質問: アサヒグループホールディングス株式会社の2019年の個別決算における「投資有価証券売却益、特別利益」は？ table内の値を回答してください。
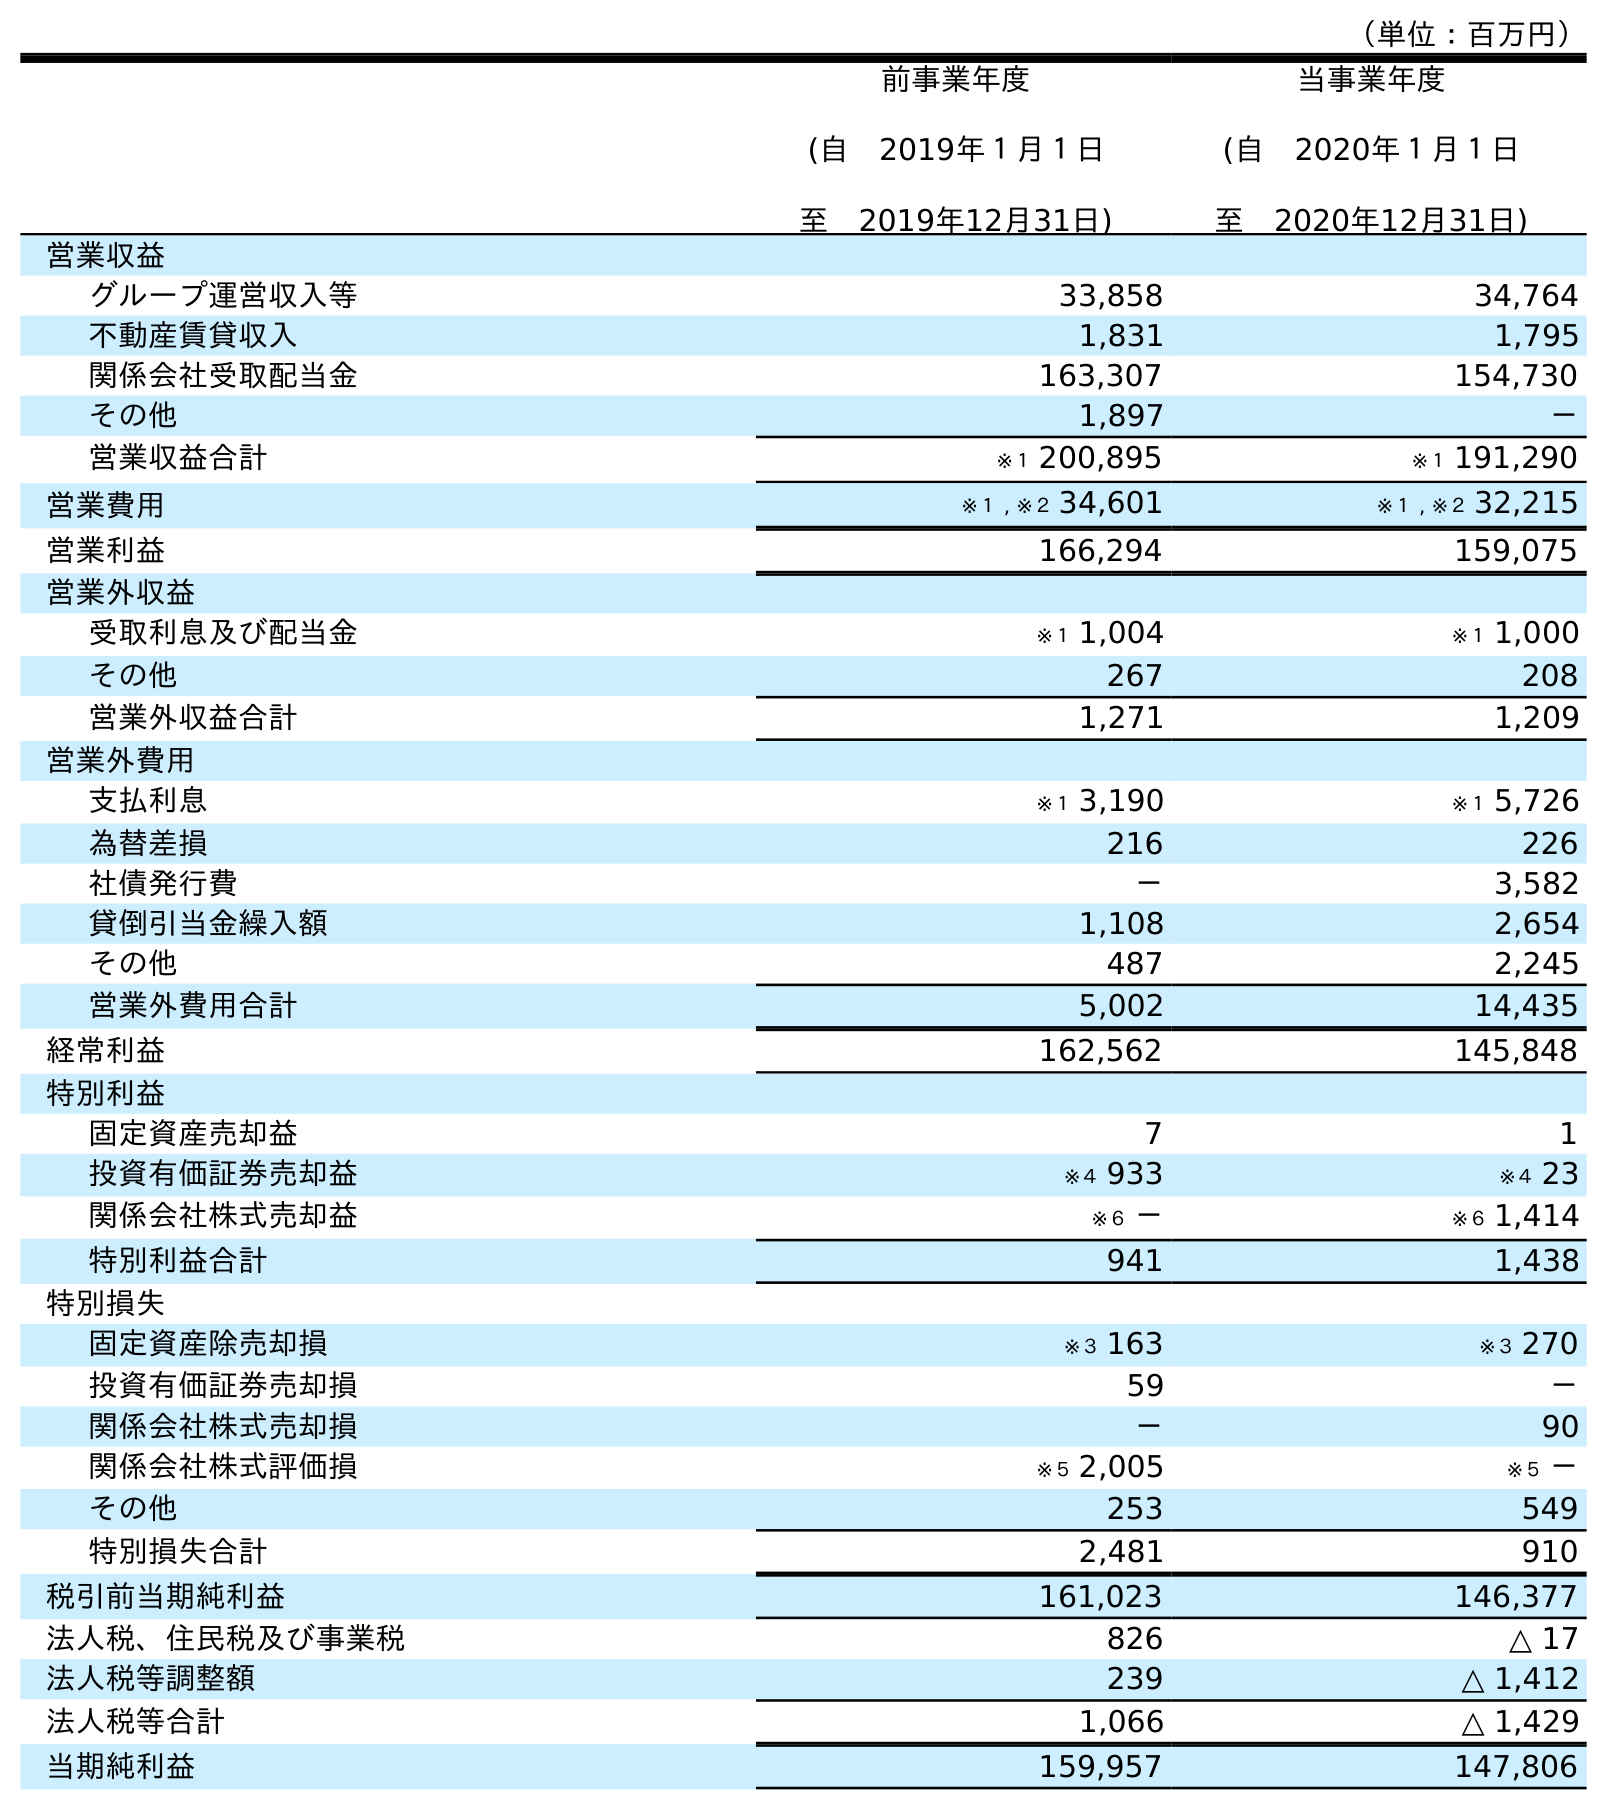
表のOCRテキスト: （単位：百万円） 前事業年度 (自 2019年１月１日 至 2019年12月31日) 当事業年度 (自 2020年１月１日 至 2020年12月31日) 営業収益 グループ運営収入等 33,858 34,764 不動産賃貸収入 1,831 1,795 関係会社受取配当金 163,307 154,730 その他 1,897 － 営業収益合計 ※１ 200,895 ※１ 191,290 営業費用 ※１ , ※２ 34,601 ※１ , ※２ 32,215 営業利益 166,294 159,075 営業外収益 受取利息及び配当金 ※１ 1,004 ※１ 1,000 その他 267 208 営業外収益合計 1,271 1,209 営業外費用 支払利息 ※１ 3,190 ※１ 5,726 為替差損 216 226 社債発行費 － 3,582 貸倒引当金繰入額 1,108 2,654 その他 487 2,245 営業外費用合計 5,002 14,435 経常利益 162,562 145,848 特別利益 固定資産売却益 7 1 投資有価証券売却益 ※４ 933 ※４ 23 関係会社株式売却益 ※６ － ※６ 1,414 特別利益合計 941 1,438 特別損失 固定資産除売却損 ※３ 163 ※３ 270 投資有価証券売却損 59 － 関係会社株式売却損 － 90 関係会社株式評価損 ※５ 2,005 ※５ － その他 253 549 特別損失合計 2,481 910 税引前当期純利益 161,023 146,377 法人税、住民税及び事業税 826 △ 17 法人税等調整額 239 △ 1,412 法人税等合計 1,066 △ 1,429 当期純利益 159,957 147,806
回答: ※４933